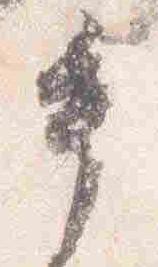
手